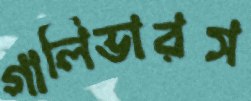
গালিভারস